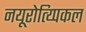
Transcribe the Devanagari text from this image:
नयूरोत्य्पिकल